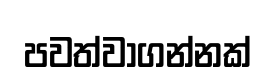
පවත්වාගන්නක්